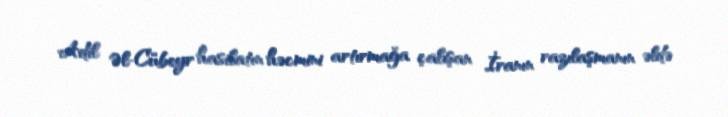
Adil Əl-Cübeyr hasilatın həcmini artırmağa çalışan İranın razılaşmanın əldə